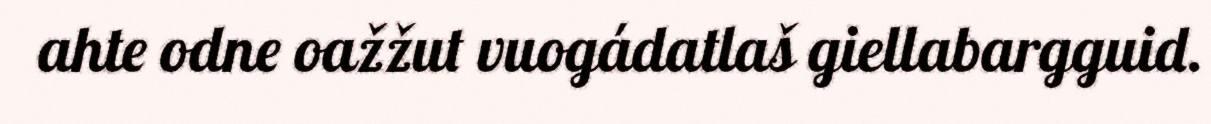
ahte odne oažžut vuogádatlaš giellabargguid.